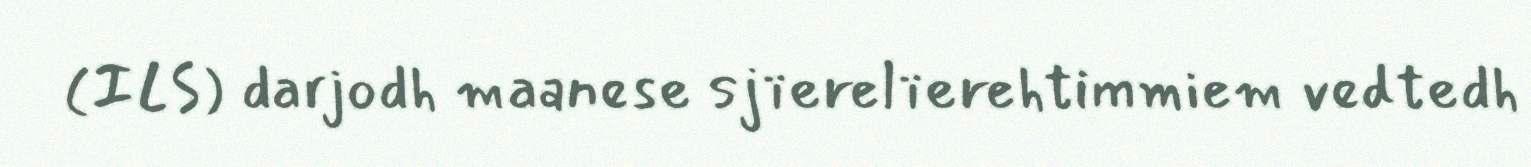
(ILS) darjodh maanese sjïerelïerehtimmiem vedtedh